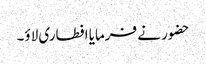
حضور نے فرمایا افطاری لاؤ۔